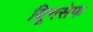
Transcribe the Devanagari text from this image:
यिूनसेफ